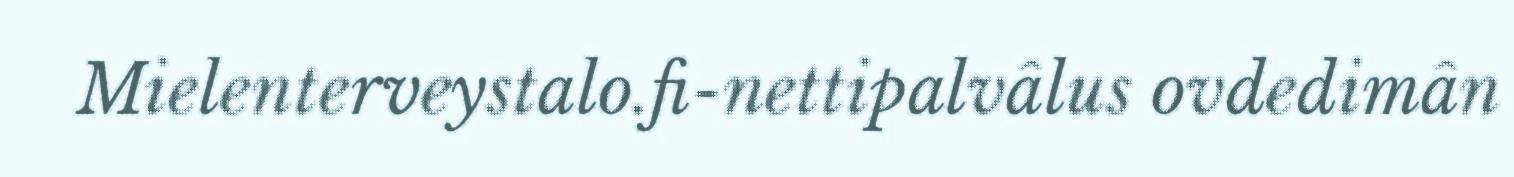
Mielenterveystalo.fi-nettipalvâlus ovdedimân